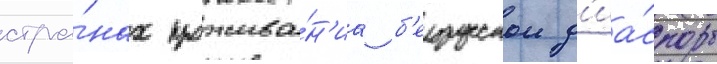
стра́нах прожива́н'иа б'елорусскои д'иа́споры